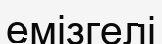
емізгелі